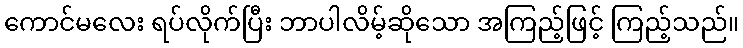
ကောင်မလေး ရပ်လိုက်ပြီး ဘာပါလိမ့်ဆိုသော အကြည့်ဖြင့် ကြည့်သည်။